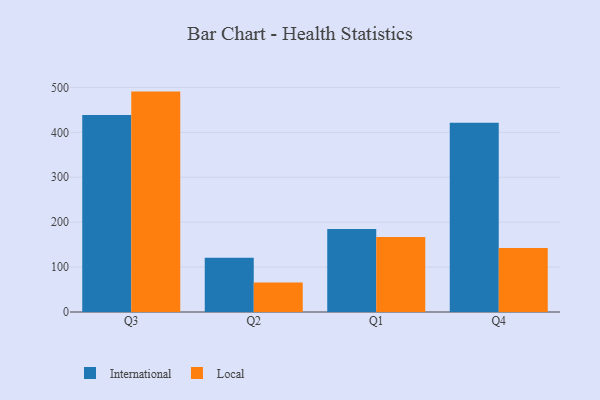
{"axis": {"x": "Quarter", "y": "Temperature (°C)"}, "legend": ["International", "Local"], "data": [{"x": "Q3", "y": 438.7, "type": "International"}, {"x": "Q3", "y": 490.7, "type": "Local"}, {"x": "Q2", "y": 120.6, "type": "International"}, {"x": "Q2", "y": 65.8, "type": "Local"}, {"x": "Q1", "y": 184.8, "type": "International"}, {"x": "Q1", "y": 166.9, "type": "Local"}, {"x": "Q4", "y": 421.3, "type": "International"}, {"x": "Q4", "y": 142.4, "type": "Local"}]}